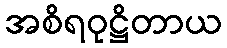
အစိရဝုဋ္ဌိတာယ